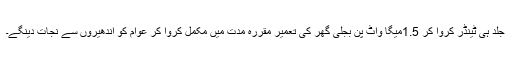
جلد ہی ٹینڈر کروا کر 1.5میگا واٹ پن بجلی گھر کی تعمیر مقررہ مدت میں مکمل کروا کر عوام کو اندھیروں سے نجات دینگے۔